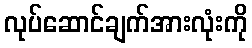
လုပ်ဆောင်ချက်အားလုံးကို